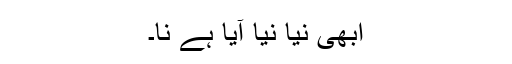
ابھی نیا نیا آیا ہے نا۔